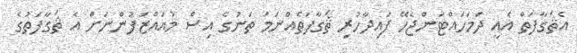
އެޘަގާފަތް އެއީ ދަމަހައްޓަންޖެހޭ ފައިދާހުރި ޘަގާފަތެއްނަމަ ތަނުގެ އިސް މުއައްޒަފުންނަށް އެ ޘަގާފަތުގެ